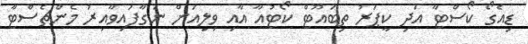
ޑިއެގޯ ކޯސްޓާ އަދި ކީޕަރު ތިބައޫޓް ކޯޓުއާ އާއި ވިލިއަން ނަގާފައިވާއިރު މެންޗެސްޓާ